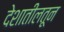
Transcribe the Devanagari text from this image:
देशातीलतून